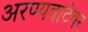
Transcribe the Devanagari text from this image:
अरण्यवाटेवर